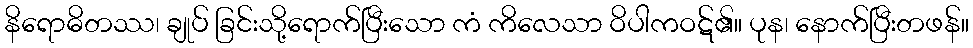
နိရောဓိတဿ၊ ချုပ် ခြင်းသို့ရောက်ပြီးသော ကံ ကိလေသာ ဝိပါကဝဋ်၏။ ပုန၊ နောက်ပြီးတဖန်။